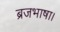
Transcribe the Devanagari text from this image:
ब्रजभाषा।